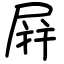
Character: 屛